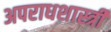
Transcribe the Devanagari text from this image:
अपराधशास्त्री